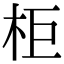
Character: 柜